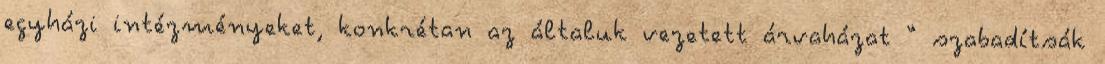
egyházi intézményeket, konkrétan az általuk vezetett árvaházat “ szabadítsák